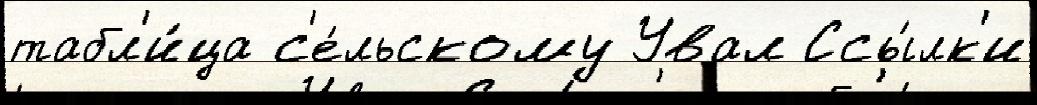
табл'и́ца с'е́льскому Увал Ссы́лк'и